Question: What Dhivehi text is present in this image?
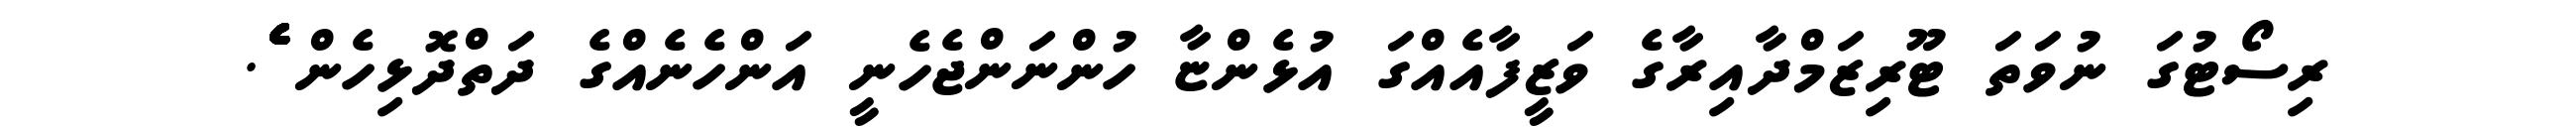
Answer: ރިސޯޓުގަ ނުވަތަ ޓޫރިޒަމްދާއިރާގެ ވަޒީފާއެއްގަ އުޅެންޏާ ހުންނަންޖެހެނީ އަންހެނެއްގެ ދަތްދޮޅިހެން ެެެެެެެެެެެެެެެެެ.